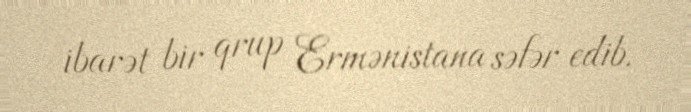
ibarət bir qrup Ermənistana səfər edib.